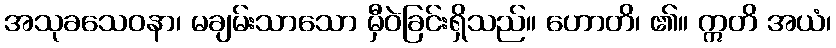
အသုခသေဝနာ၊ မချမ်းသာသော မှီဝဲခြင်းရှိသည်။ ဟောတိ၊ ၏။ ဣတိ အယံ၊